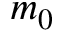
m _ { 0 }